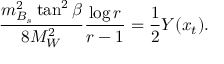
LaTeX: \frac { m _ { B _ { s } } ^ { 2 } \tan ^ { 2 } \beta } { 8 M _ { W } ^ { 2 } } \frac { \log r } { r - 1 } = \frac { 1 } { 2 } Y ( x _ { t } ) .